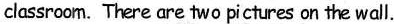
classroom. There are two pictures on the wall.